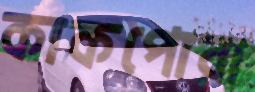
কাকপোরা